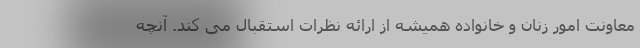
معاونت امور زنان و خانواده همیشه از ارائه نظرات استقبال می کند. آنچه